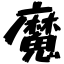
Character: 魔